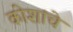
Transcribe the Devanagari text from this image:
कोशांचे